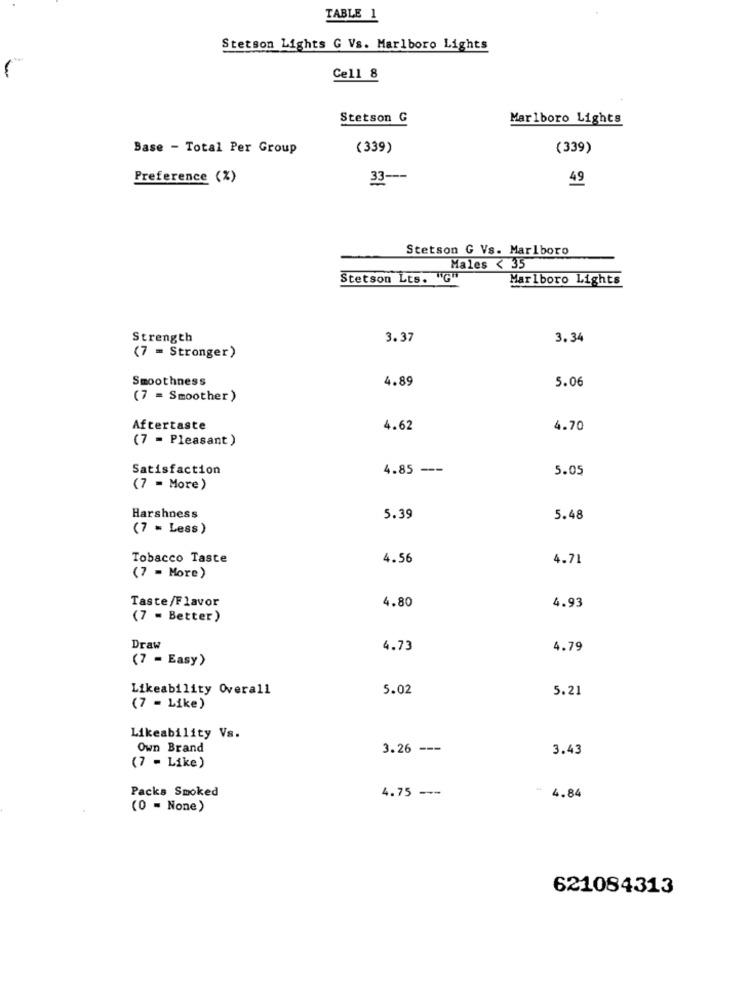
TABLE 1
Stetson Lights G Vs. Marlboro Lights
-
Cell 8
Stetson G
Marlboro Lights
Base - Total Per Group
(339)
(339)
Preference (%)
33 ---
49
Stetson G Vs. Marlboro
Males < 35
Stetson Lts. "G"
Marlboro Lights
Strength
3.37
3.34
(7 = Stronger)
Smoothness
4.89
5.06
(7 = Smoother)
Aftertaste
4.62
4.70
(7 = Pleasant )
Satisfaction
4.85 ---
5.05
(7 = More)
Harshness
5.39
5.48
(7 = Less)
Tobacco Taste
4.56
4.71
(7 = More)
Taste/Flavor
4.80
4.93
(7 - Better)
Draw
4.73
4.79
(7 - Easy)
Likeability Overall
5.02
5.21
(7 - Like)
Likeability Vs.
Own Brand
3.26 ---
3.43
(7 - Like)
Packs Smoked
4.75 ---
- 4.84
(0 - None)
621084313